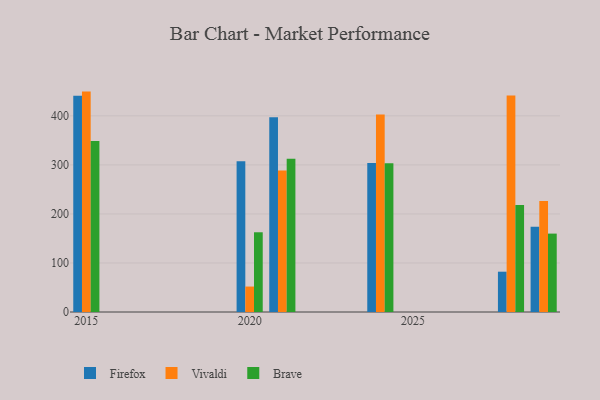
{"axis": {"x": "Year", "y": "Budget (USD K)"}, "legend": ["Brave", "Firefox", "Vivaldi"], "data": [{"x": "2028", "y": 82.2, "type": "Firefox"}, {"x": "2028", "y": 441.6, "type": "Vivaldi"}, {"x": "2028", "y": 218.1, "type": "Brave"}, {"x": "2024", "y": 304.0, "type": "Firefox"}, {"x": "2024", "y": 402.9, "type": "Vivaldi"}, {"x": "2024", "y": 303.4, "type": "Brave"}, {"x": "2015", "y": 441.0, "type": "Firefox"}, {"x": "2015", "y": 449.5, "type": "Vivaldi"}, {"x": "2015", "y": 348.6, "type": "Brave"}, {"x": "2021", "y": 397.2, "type": "Firefox"}, {"x": "2021", "y": 288.5, "type": "Vivaldi"}, {"x": "2021", "y": 312.7, "type": "Brave"}, {"x": "2020", "y": 307.2, "type": "Firefox"}, {"x": "2020", "y": 51.9, "type": "Vivaldi"}, {"x": "2020", "y": 162.6, "type": "Brave"}, {"x": "2029", "y": 173.7, "type": "Firefox"}, {"x": "2029", "y": 226.2, "type": "Vivaldi"}, {"x": "2029", "y": 159.9, "type": "Brave"}]}